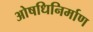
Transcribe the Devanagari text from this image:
ओषधिनिर्माण